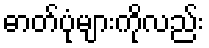
ဓာတ်ပုံများကိုလည်း